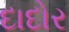
દાદોર